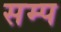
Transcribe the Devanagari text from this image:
सम्प